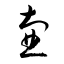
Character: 壺